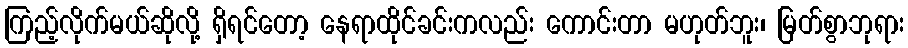
ကြည့်လိုက်မယ်ဆိုလို့ ရှိရင်တော့ နေရာထိုင်ခင်းကလည်း ကောင်းတာ မဟုတ်ဘူး၊ မြတ်စွာဘုရား